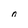
Character: n